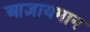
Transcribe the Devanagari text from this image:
आज्ञायमान